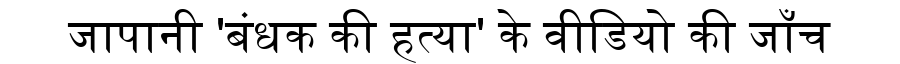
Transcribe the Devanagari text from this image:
जापानी 'बंधक की हत्या' के वीडियो की जाँच